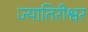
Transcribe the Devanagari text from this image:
ज्यातिरीश्वर